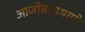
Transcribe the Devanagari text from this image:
आजोबाप्रमाणे